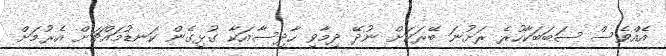
އެއްވެސް ސަބަބަކާހުރެ ރަށުނަ ބޭރަކަށް ނުދޭ ދިމާވި ހާދިސާއަކާ ގުޅިގެން ކަނޑުމައްޗަށް އެރުމަށް